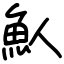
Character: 魜